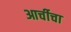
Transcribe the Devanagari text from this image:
आर्चीचा